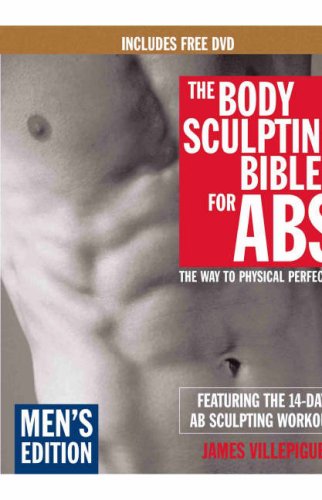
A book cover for The Body Sculpting Bible for Abs: Men's Edition, Deluxe Edition: The Way to Physical Perfection (Includes DVD); James Villepigue; Health, Fitness & Dieting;